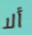
ألا